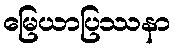
မြေယာပြဿနာ